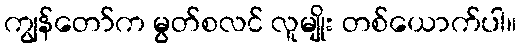
ကျွန်တော်က မွတ်စလင် လူမျိုး တစ်ယောက်ပါ။